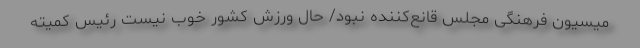
میسیون فرهنگی مجلس قانع‌کننده نبود/ حال ورزش کشور خوب نیست رئیس کمیته